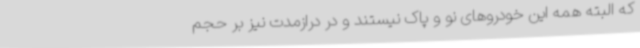
که البته همه این خودروهای نو و پاک نیستند و در درازمدت نیز بر حجم